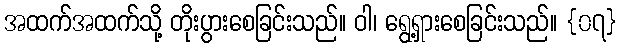
အထက်အထက်သို့ တိုးပွားစေခြင်းသည်။ ဝါ၊ ရွေ့ရှားစေခြင်းသည်။ {၀၇}